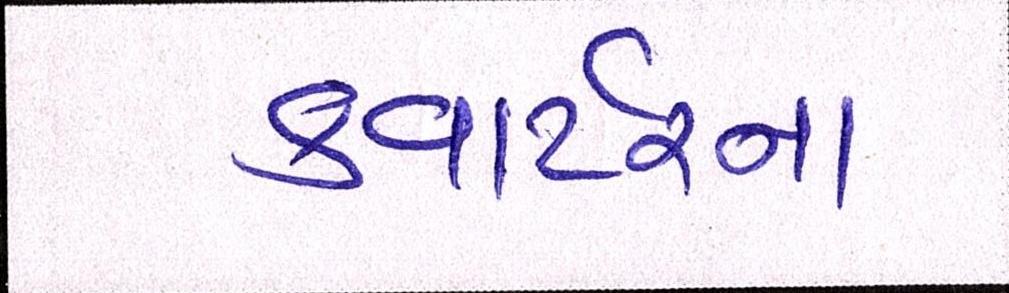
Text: કવાર્ટરના